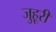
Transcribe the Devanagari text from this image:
जुहूरी